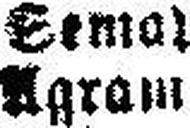
Agram